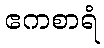
ဧကစာရံ